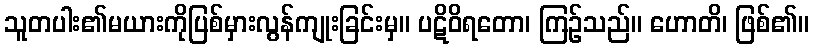
သူတပါး၏မယားကိုပြစ်မှားလွန်ကျုးခြင်းမှ။ ပဋိဝိရတော၊ ကြဉ်သည်။ ဟောတိ၊ ဖြစ်၏။